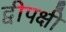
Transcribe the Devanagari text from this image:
द्वीपक्षी